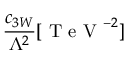
\frac { c _ { 3 W } } { \Lambda ^ { 2 } } [ \mathrm { ~ T ~ e ~ V ~ } ^ { - 2 } ]